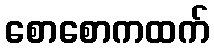
စောစောကထက်